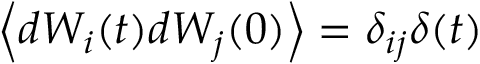
\left\langle d W _ { i } ( t ) d W _ { j } ( 0 ) \right\rangle = \delta _ { i j } \delta ( t )